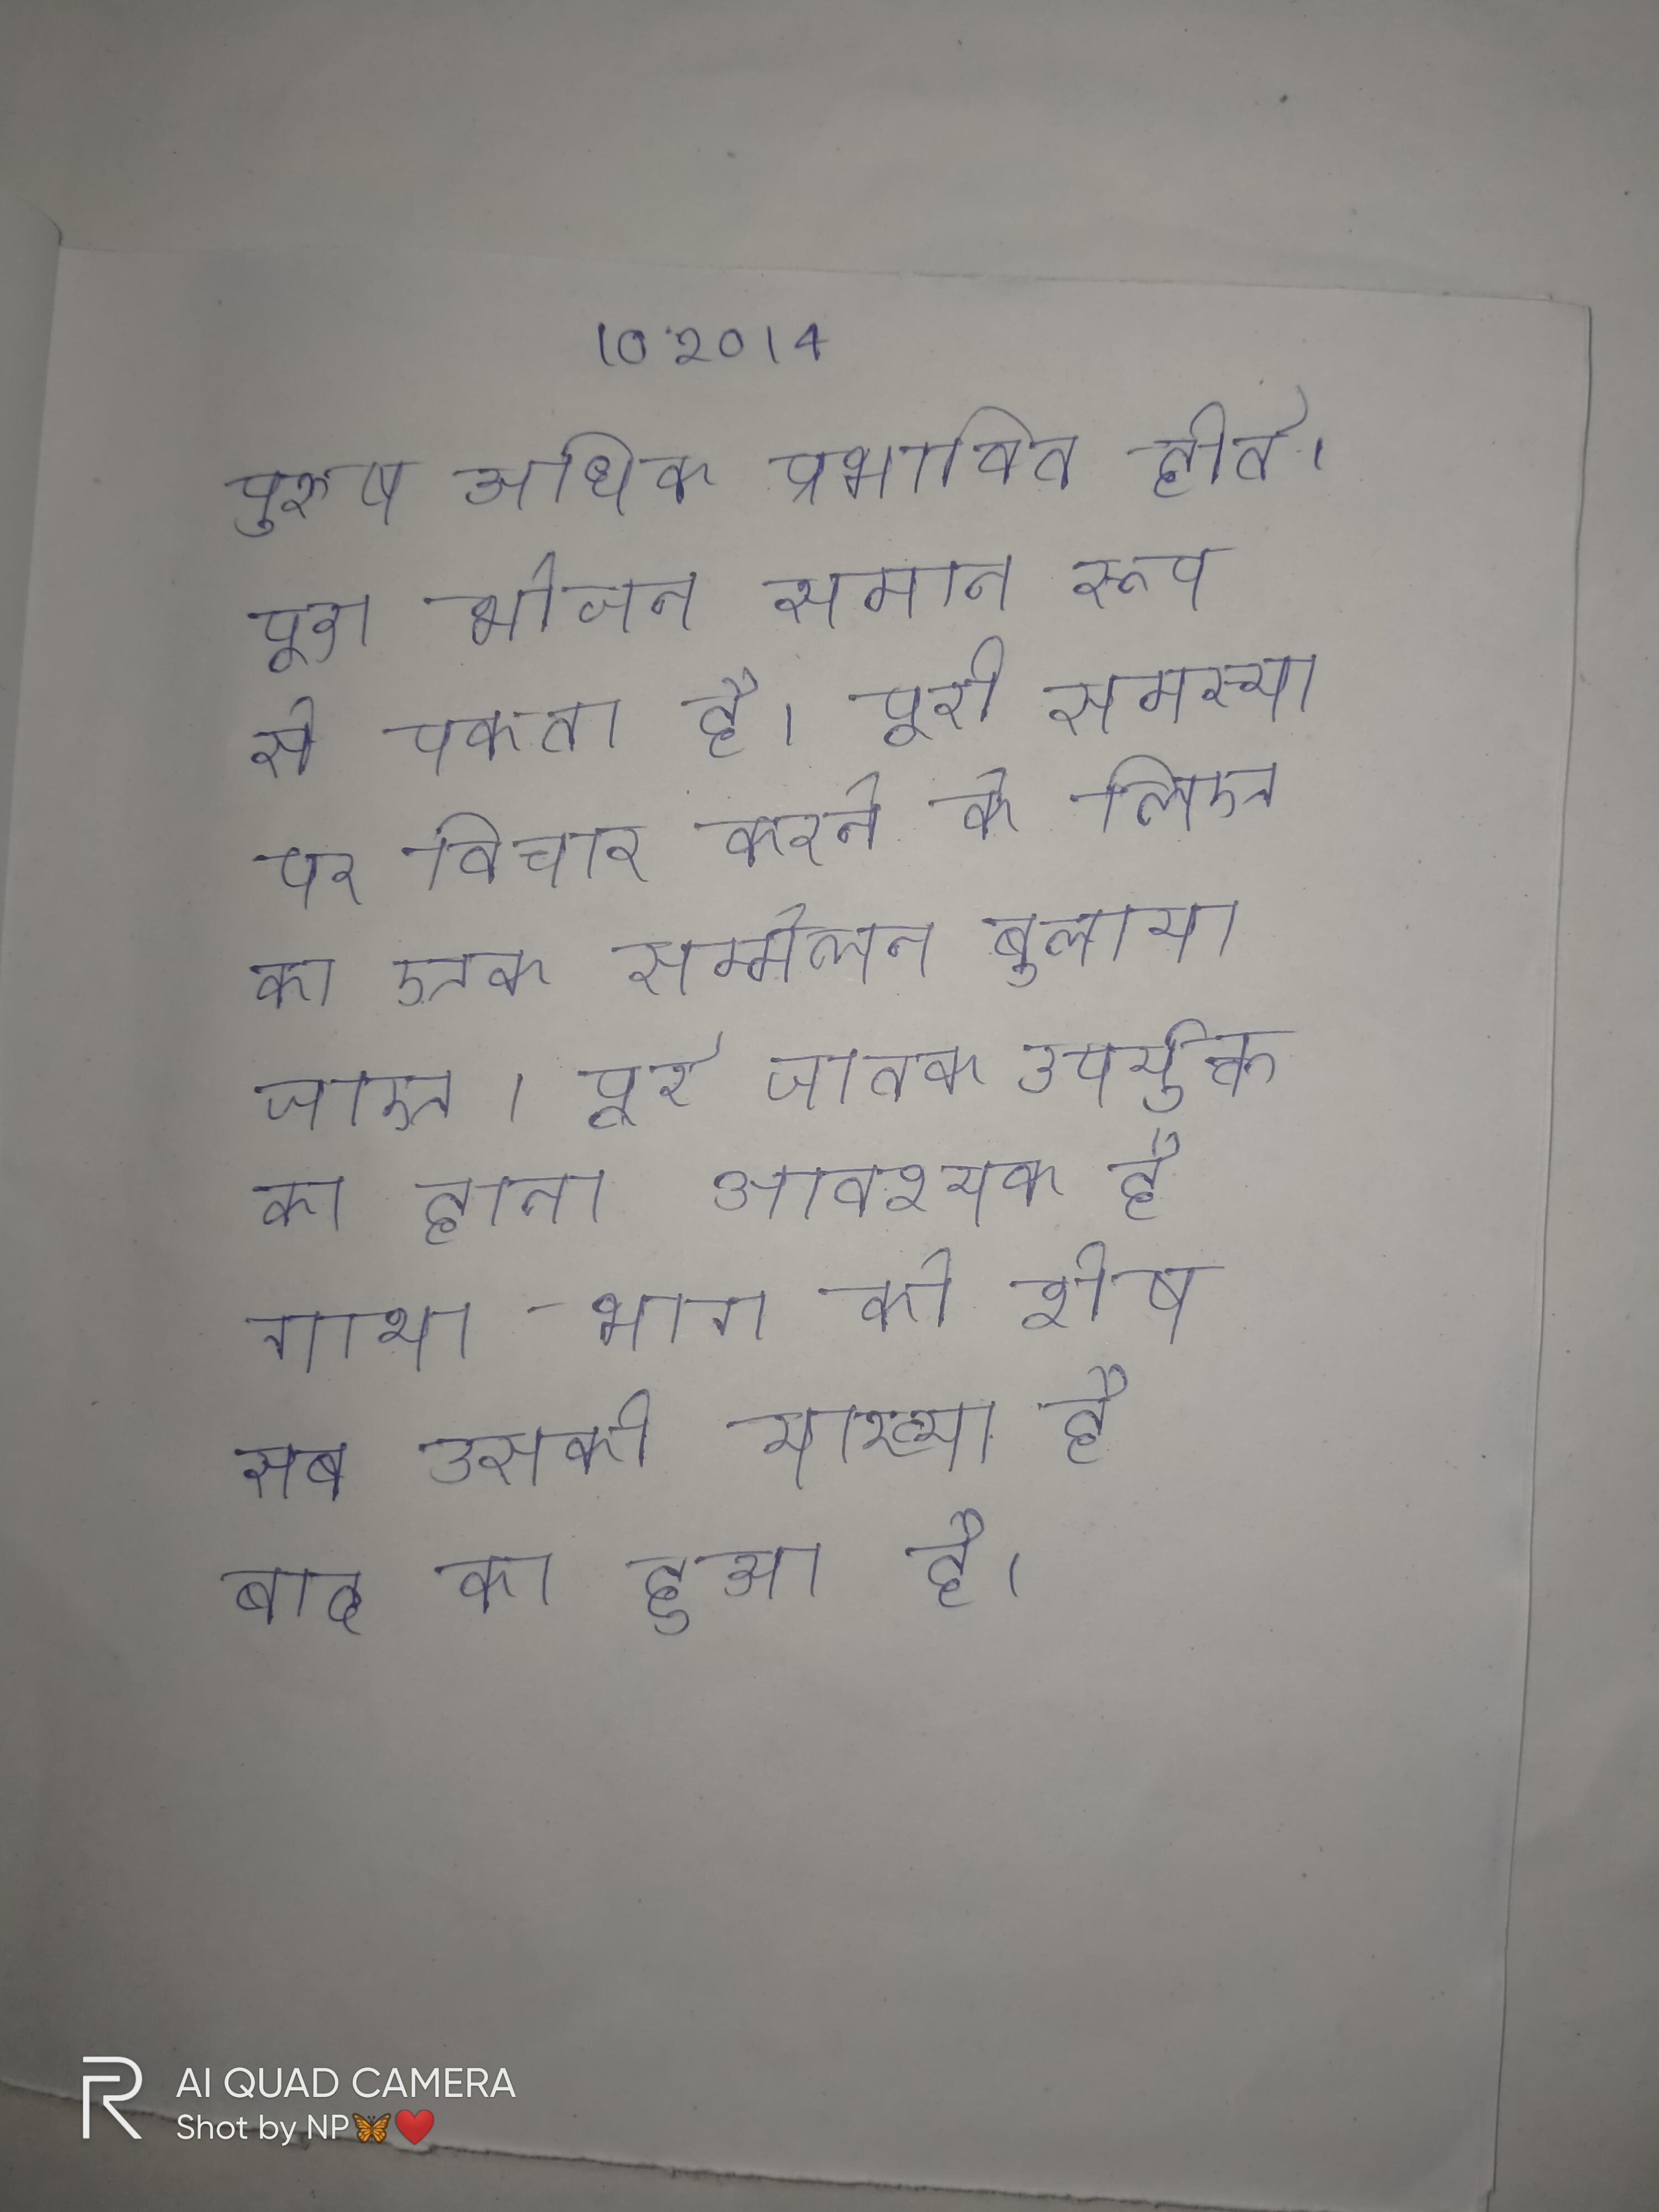
पुरुष अधिक प्रभावित होते । पूरा भोजन समान रूप से पकता है । पूरी समस्या पर विचार करने के लिए का एक सम्मेलन बुलाया जाए । पूरे जातक उपर्युक्त का हाना आवश्यक है गाथा-भाग को शेष सब उसकी व्याख्या है बाद का हुआ है ।